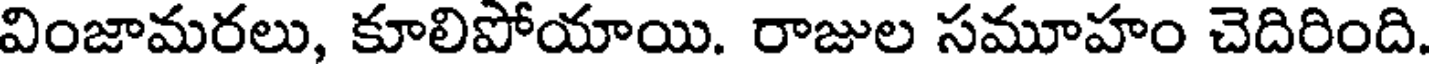
వింజామరలు, కూలిపోయాయి. రాజుల సమూహం చెదిరింది.